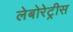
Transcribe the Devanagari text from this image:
लेबोरेट्रीस